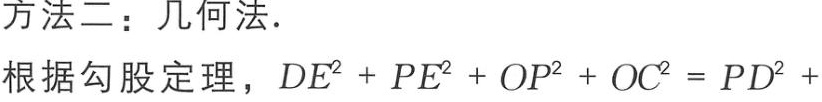
方法二：几何法.

根据勾股定理，\(DE^{2}+PE^{2}+OP^{2}+OC^{2}=PD^{2}+\)